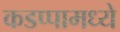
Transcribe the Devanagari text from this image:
कडप्पामध्ये